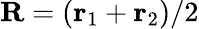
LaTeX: {\mathbf R}=({\mathbf r}_{1}+{\mathbf r}_{2})/2